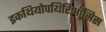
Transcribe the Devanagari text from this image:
इकथियोपथिरिऑसिस